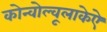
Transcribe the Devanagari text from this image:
कोन्वोल्वूलाकेऐ